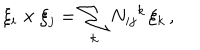
\xi _ { i } \times \xi _ { j } = \sum _ { k } N _ { i j } { } ^ { k } \, \xi _ { k } \, ,